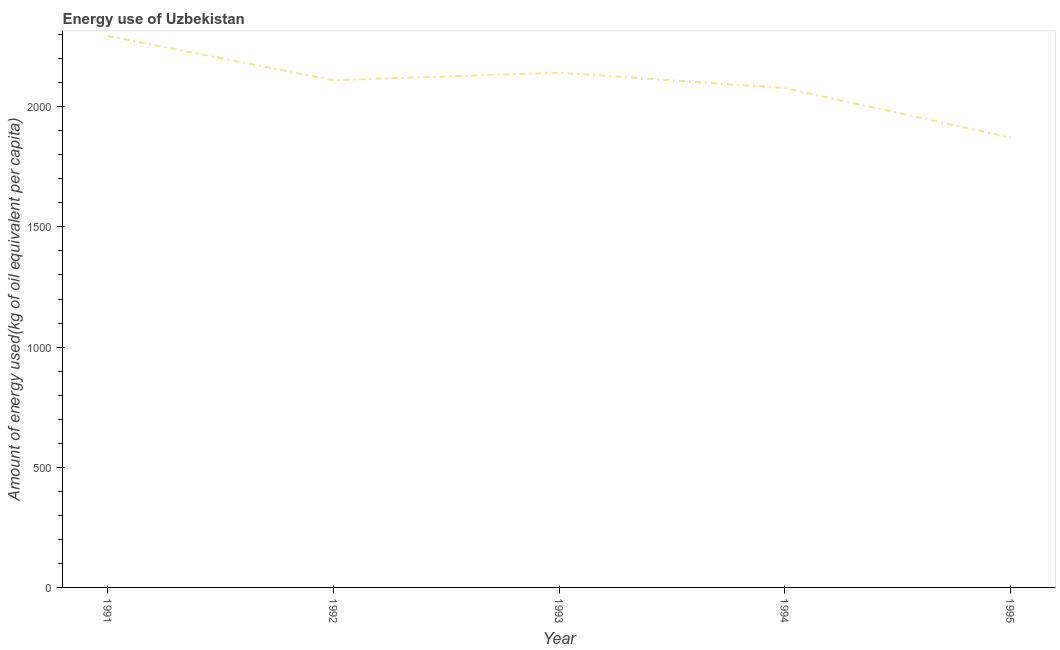
| Year | Energy use  |
 | --- | --- |
 | 1991 | 2.29e+03 |
 | 1992 | 2.11e+03 |
 | 1993 | 2.14e+03 |
 | 1994 | 2.08e+03 |
 | 1995 | 1.87e+03 |